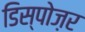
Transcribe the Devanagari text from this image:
डिस्पोज़र